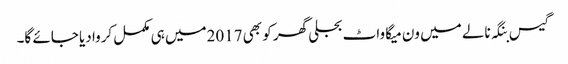
گیس بنگہ نالے میں ون میگا واٹ بجلی گھر کو بھی 2017میں ہی مکمل کروا دیا جائے گا۔